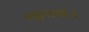
જાલવદર